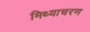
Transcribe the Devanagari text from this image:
मिथ्याचरण